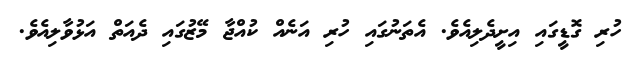
ހުރި ގޮޑީގައި އިށީދެލިއެވެ. އެތަނުގައި ހުރި އަނެއް ކުއްޖާ މޭޒުގައި ދެއަތް އަޅުވާލިއެވެ.